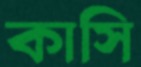
কাসি